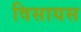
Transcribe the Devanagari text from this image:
विसायस